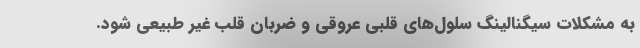
به مشکلات سیگنالینگ سلول‌های قلبی عروقی و ضربان قلب غیر طبیعی شود.